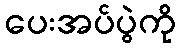
ပေးအပ်ပွဲကို